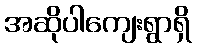
အဆိုပါကျေးရွာရှိ